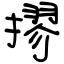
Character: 摎